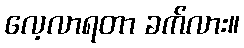
လေ့လာရတာ ခက်လား။